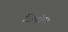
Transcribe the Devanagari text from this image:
सिपोरा